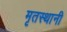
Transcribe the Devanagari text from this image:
मृतस्थानी